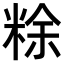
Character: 𥺌